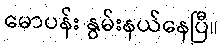
မောပန်း နွမ်းနယ်နေပြီ။